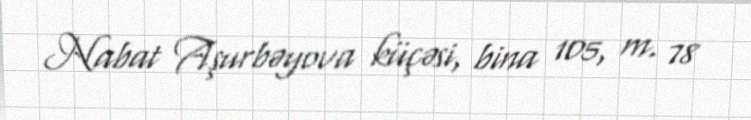
Nabat Aşurbəyova küçəsi, bina 105, m. 78